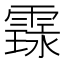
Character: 𮦤